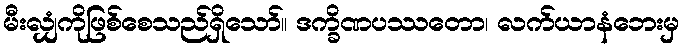
မီးလျှံကိုဖြစ်စေသည်ရှိသော်။ ဒက္ခိဏပဿတော၊ လက်ယာနံဘေးမှ